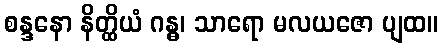
စန္ဒနော နိတ္ထိယံ ဂန္ဓ၊ သာရော မလယဇော ပျထ။